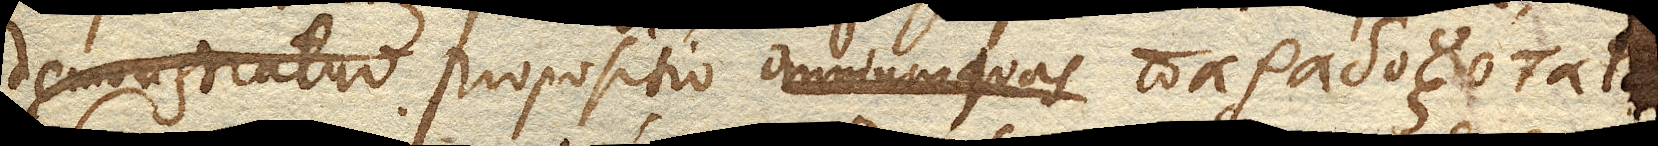
demonstratio propositio omnium quas